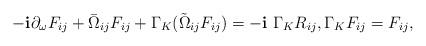
LaTeX: \begin{align*}-\mathbf{i}\partial_{\omega}F_{ij}+\bar{\Omega}_{ij}F_{ij}+\Gamma_K(\tilde{\Omega}_{ij}F_{ij})=-\mathbf{i}\ \Gamma_KR_{ij},\Gamma_KF_{ij}=F_{ij},\end{align*}